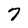
Character: 7